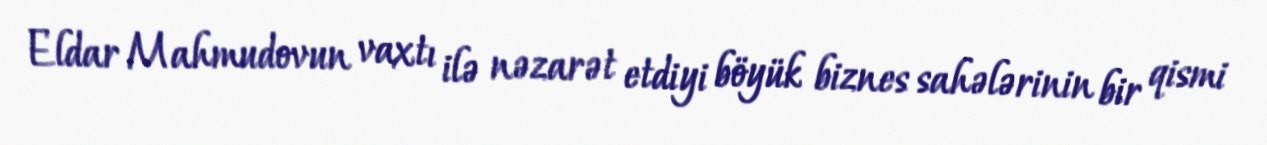
Eldar Mahmudovun vaxtı ilə nəzarət etdiyi böyük biznes sahələrinin bir qismi